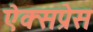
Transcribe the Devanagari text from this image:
ऐक्सप्रेस